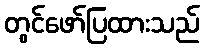
တွင်ဖော်ပြထားသည်